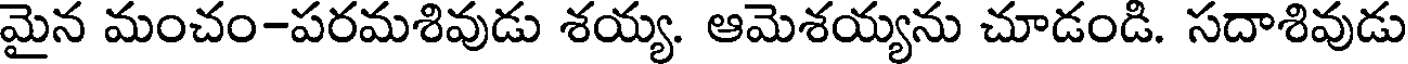
మైన మంచం-పరమశివుడు శయ్య. ఆమెశయ్యను చూడండి. సదాశివుడు